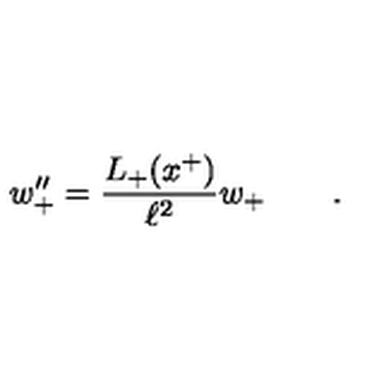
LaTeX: w _ { + } ^ { \prime \prime } = \frac { L _ { + } ( x ^ { + } ) } { \ell ^ { 2 } } w _ { + } \qquad .